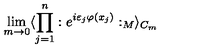
\lim _ { m \rightarrow 0 } \langle \prod _ { j = 1 } ^ { n } : e ^ { i \varepsilon _ { j } \varphi ( x _ { j } ) } : _ { M } \rangle _ { C _ { m } }